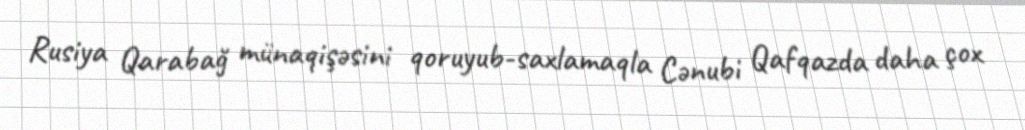
Rusiya Qarabağ münaqişəsini qoruyub-saxlamaqla Cənubi Qafqazda daha çox